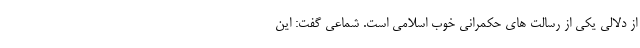
از دلالی یکی از رسالت های حکمرانی خوب اسلامی است. شماعی گفت: این